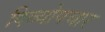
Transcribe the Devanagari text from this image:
दिव्योपचार